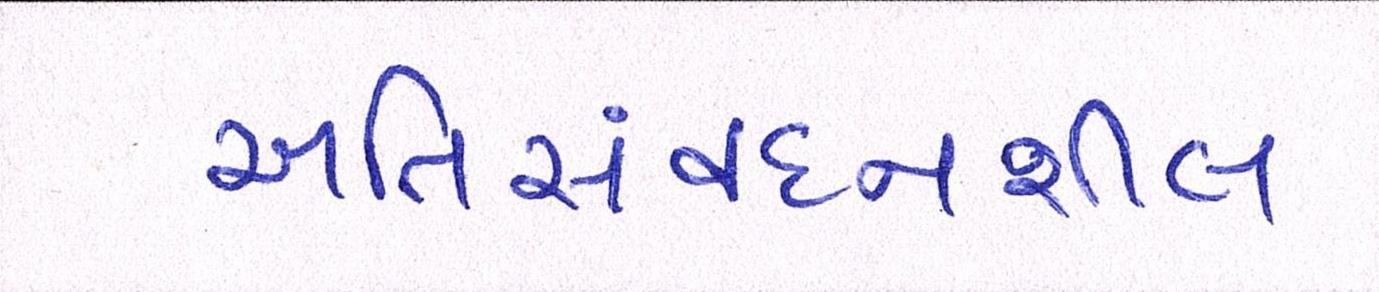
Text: અતિસંવદનશીલ